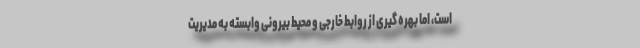
است، اما بهره گیری از روابط خارجی و محیط بیرونی وابسته به مدیریت